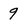
Character: 9